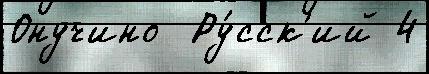
Онучино  Ру́сск'ий 4